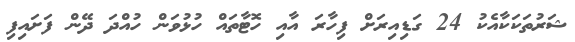
ޝަރުތަކަކާއެކު 24 ގަޑިއިރަށް ފިހާރަ އާއި ހޮޓާތައް ހުޅުވަން ހުއްދަ ދޭން ފަށައިފި